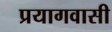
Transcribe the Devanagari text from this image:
प्रयागवासी